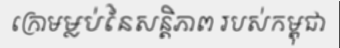
ក្រោមម្លប់នៃសន្តិភាព របស់កម្ពុជា